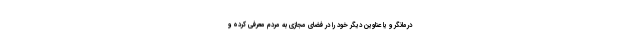
درمانگر و یا عناوین دیگر خود را در فضای مجازی به مردم معرفی کرده و